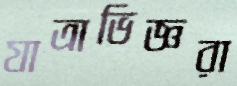
যাত্রাভিজ্ঞরা